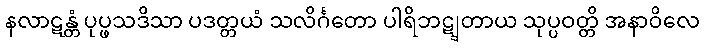
နလာဋန္တံ ပုပ္ဖသဒိသာ ပဒတ္တယံ သလိင်္ဂတော ပါရိဘဋျတာယ သုပ္ပဝတ္တိ အနာဝိလေ